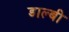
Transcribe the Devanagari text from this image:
डाल्बी